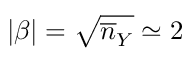
| \beta | = \sqrt { \overline { { n } } _ { Y } } \simeq 2